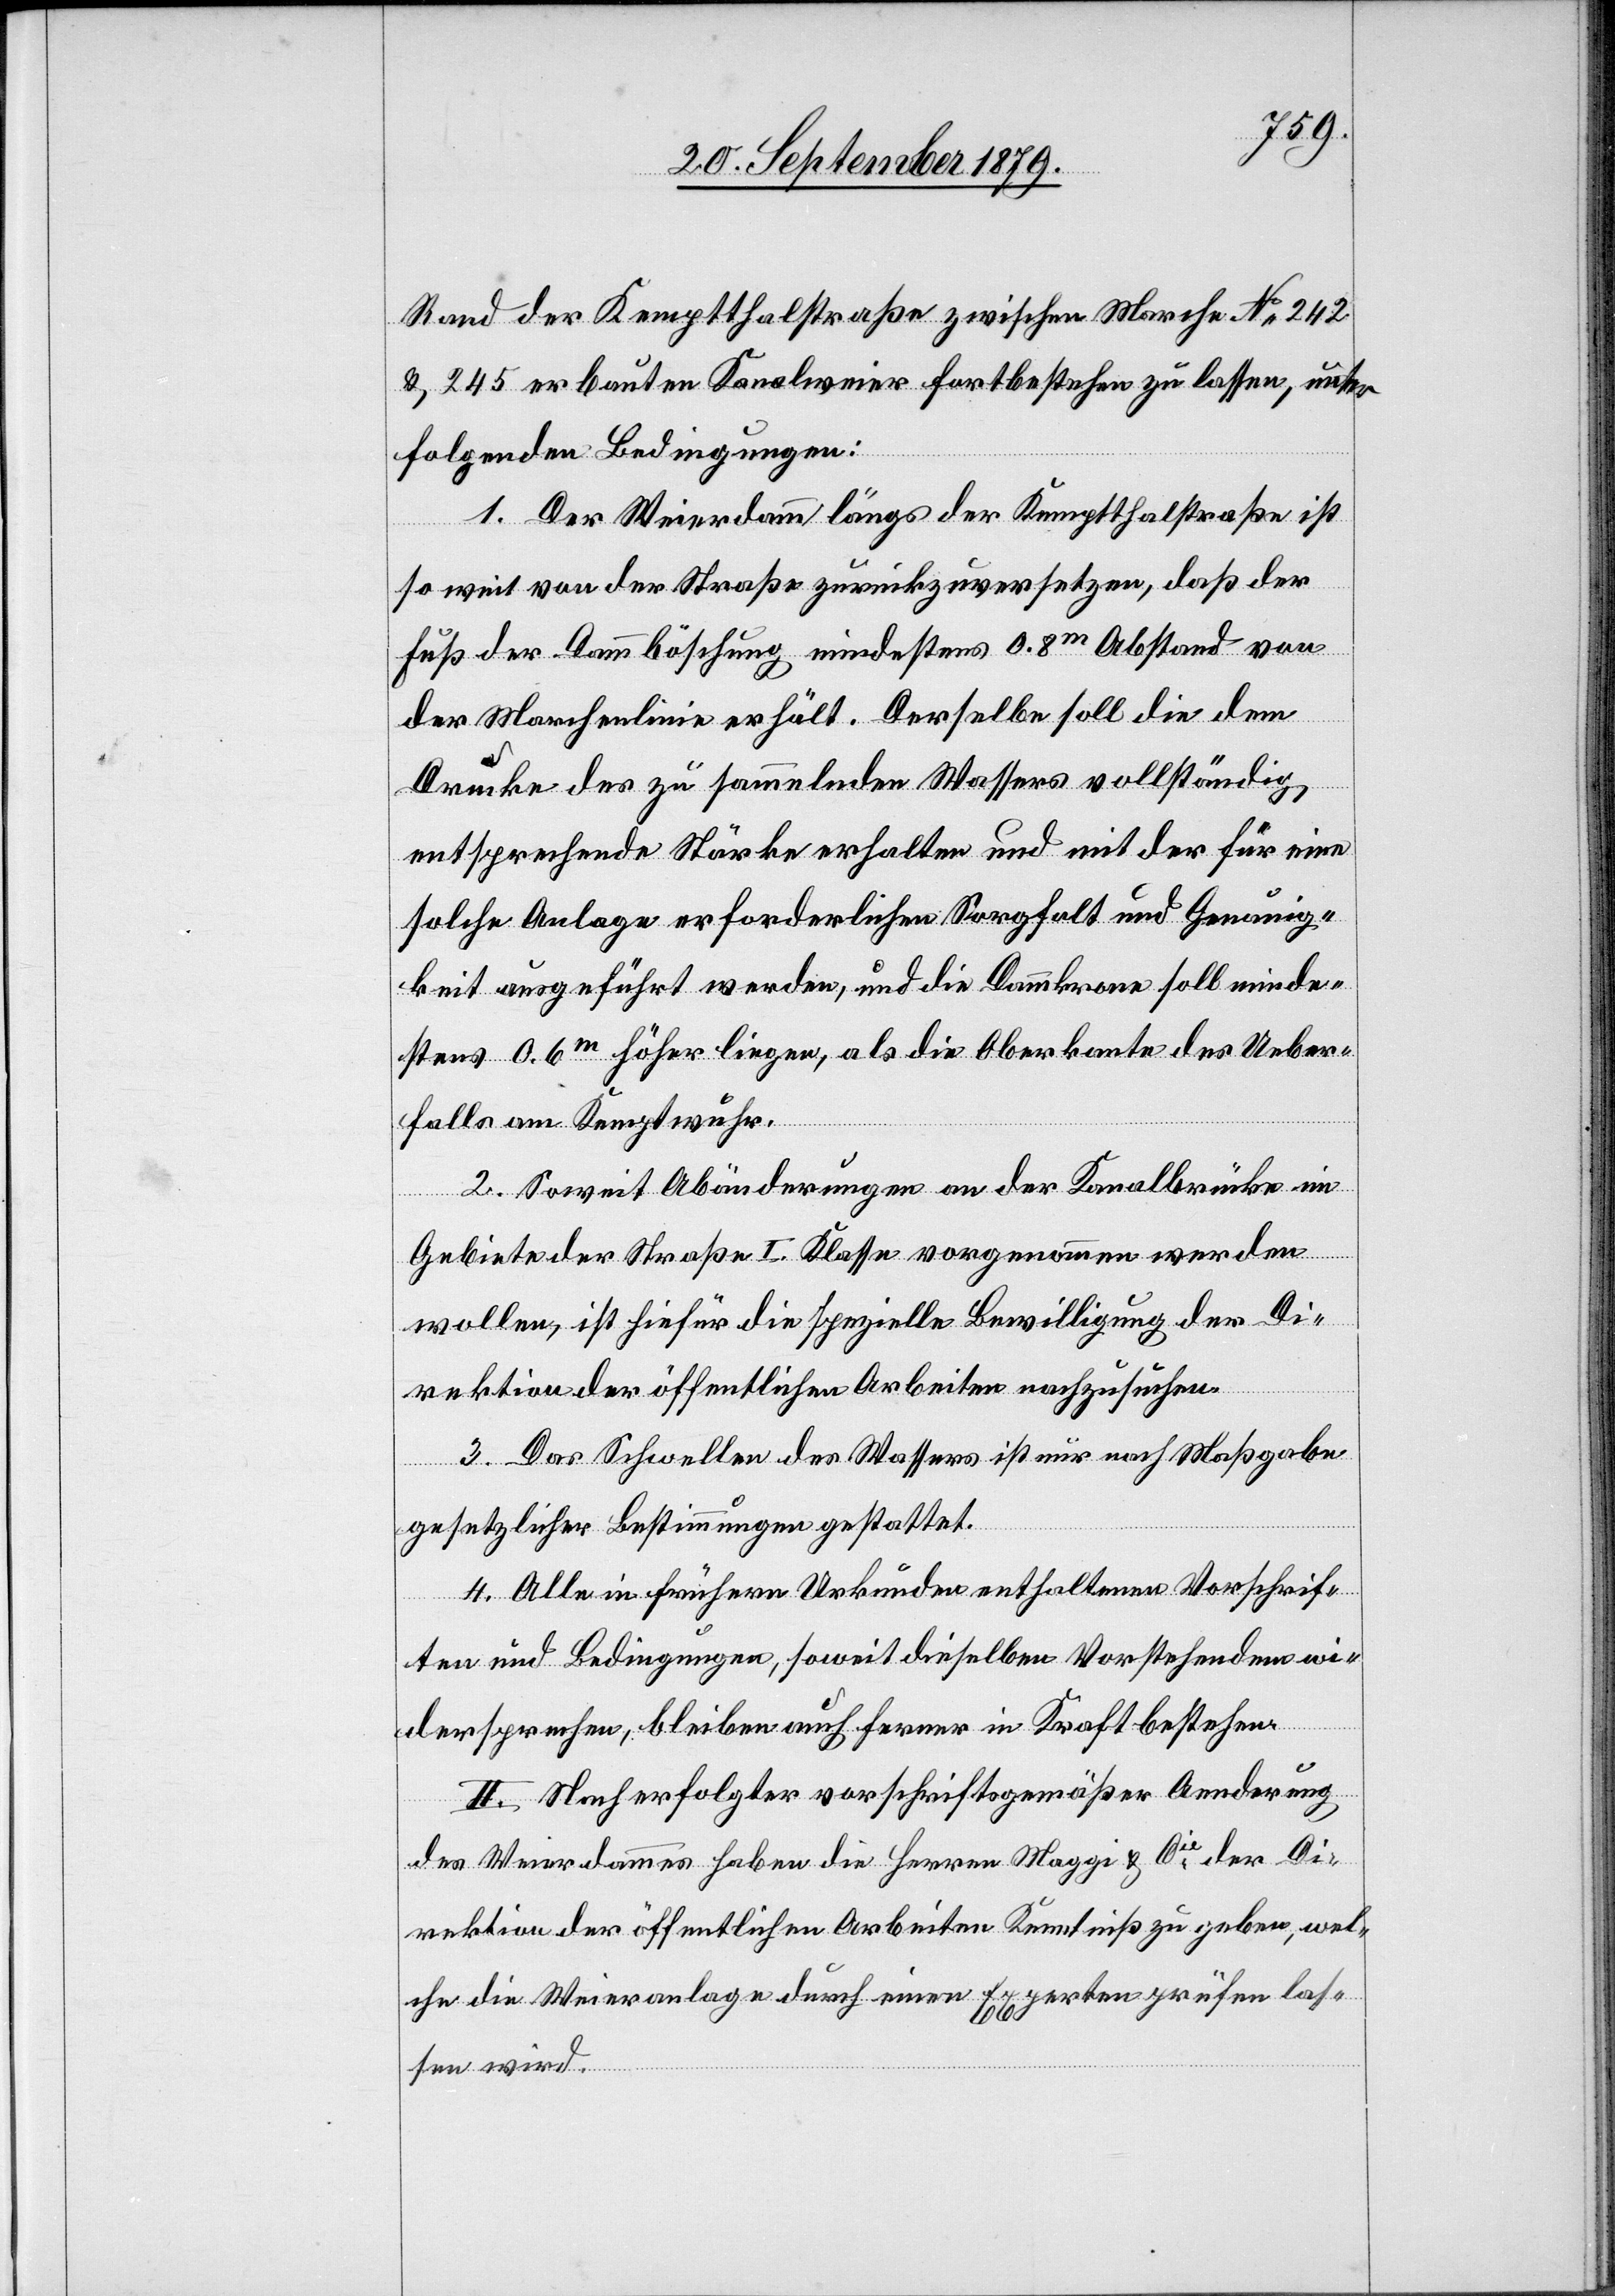
Rand der Kemptthalstraße zwischen Marche No 242
& 245 erbauten Kanalweier fortbestehen zu lassen, unter
folgenden Bedingungen:
1. Der Weierdamm längs der Kemptthalstraße ist
so weit von der Straße zurückzuversetzen, daß der
Fuß der Dammböschung mindestens 0.8m Abstand von
der Marchenlinie erhält. Derselbe soll die dem
Drucke des zu sammelnden Wassers vollständig
entsprechende Stärke erhalten und mit der für eine
solche Anlage erforderlichen Sorgfalt und Genauig¬
keit ausgeführt werden, und die Dammkrone soll minde¬
stens 0.6m höher liegen, als die Oberkante des Ueber¬
falls am Kemptwuhr.
2. Soweit Abänderungen an der Kanalbrücke im
Gebiete der Straße I. Klasse vorgenommen werden
wollen, ist hiefür die spezielle Bewilligung der Di¬
rektion der öffentlichen Arbeiten nachzusuchen.
3. Das Schwellen des Wassers ist nur nach Maßgabe
gesetzlicher Bestimmungen gestattet.
4. Alle in frühern Urkunden enthaltenen Vorschrif¬
ten und Bedingungen, soweit dieselben Vorstehendem wi¬
dersprechen, bleiben auch ferner in Kraft bestehen.
II. Nach erfolgter vorschriftsgemäßer Aenderung
des Weierdammes haben die Herren Maggi & Cie der Di¬
rektion der öffentlichen Arbeiten Kenntniß zu geben, wel¬
che die Weieranlage durch einen Experten prüfen las¬
sen wird.